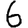
Digit: 6